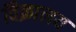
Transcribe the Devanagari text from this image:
विक्रालय